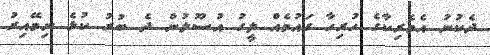
ދެކުނު އެމެރިކާގެ ހުރިހާ ގައުމެއް ލީގު އުސޫލުން ދެ ބުރު ކުޅެ ނިމޭއިރު